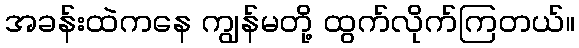
အခန်းထဲကနေ ကျွန်မတို့ ထွက်လိုက်ကြတယ်။